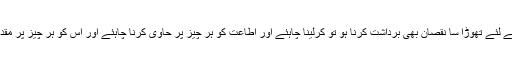
امن قائم کرنے کے لئے تھوڑا سا نقصان بھی برداشت کرنا ہو تو کرلینا چاہئے اور اطاعت کو ہر چیز پر حاوی کرنا چاہئے اور اس کو ہر چیز پر مقدم سمجھنا چاہئے۔